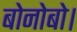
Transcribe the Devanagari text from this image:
बोनोबो।